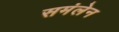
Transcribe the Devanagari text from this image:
समंलेन